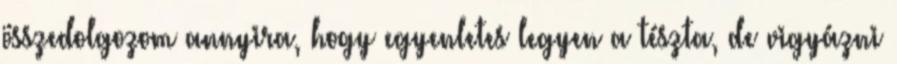
összedolgozom annyira, hogy egyenletes legyen a tészta, de vigyázni